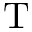
\mathrm { T }